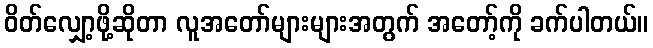
ဝိတ်လျှော့ဖို့ဆိုတာ လူအတော်များများအတွက် အတော့်ကို ခက်ပါတယ်။